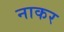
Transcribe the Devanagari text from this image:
नाकर